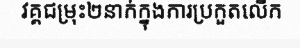
វគ្គជម្រុះ២នាក់ក្នុងការប្រកួតលើក